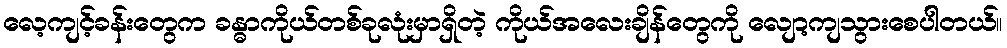
လေ့ကျင့်ခန်းတွေက ခန္ဓာကိုယ်တစ်ခုလုံးမှာရှိတဲ့ ကိုယ်အလေးချိန်တွေကို လျော့ကျသွားစေပါတယ်။